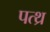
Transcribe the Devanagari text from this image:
पत्थ्र